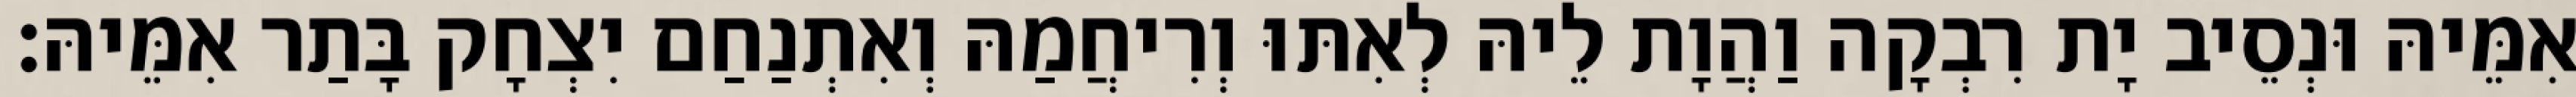
אִמֵּיהּ וּנְסֵיב יָת רִבְקָה וַהֲוָת לֵיהּ לְאִתּוּ וְרִיחֲמַהּ וְאִתְנַחַם יִצְחָק בָּתַר אִמֵּיהּ׃